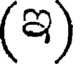
(ఇ)